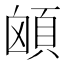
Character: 䪿